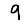
Digit: 9